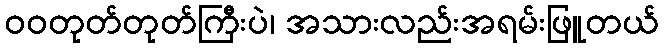
ဝဝတုတ်တုတ်ကြီးပဲ၊ အသားလည်းအရမ်းဖြူတယ်